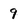
Character: 9